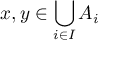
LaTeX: x , y \in \bigcup _ { i \in I } A _ { i }